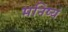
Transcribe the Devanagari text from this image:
मनिष्यं